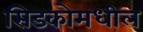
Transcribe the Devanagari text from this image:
सिडकोमधील